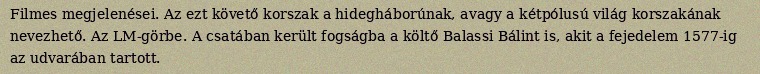
Filmes megjelenései. Az ezt követő korszak a hidegháborúnak, avagy a kétpólusú világ korszakának nevezhető. Az LM-görbe. A csatában került fogságba a költő Balassi Bálint is, akit a fejedelem 1577-ig az udvarában tartott.